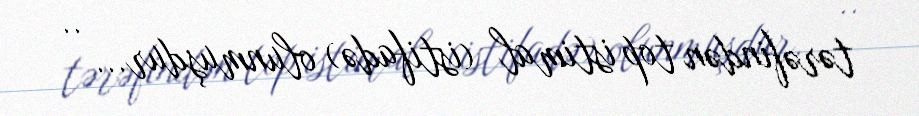
tərəfindən top istimal (istifadə) olunmuşdur... ..